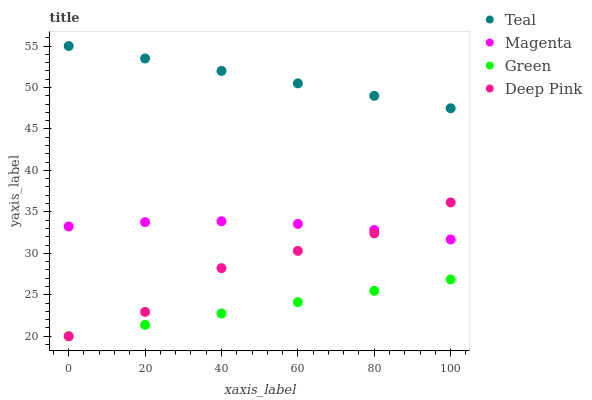
| xaxis_label | Teal | Magenta | Green | Deep Pink |
 | --- | --- | --- | --- | --- |
 | 0 | 55 | 33.2 | 20 | 20 |
 | 20 | 53.5 | 33.8 | 21.4 | 22.9 |
 | 40 | 52 | 33.9 | 22.7 | 28.2 |
 | 60 | 50.5 | 33.6 | 24.1 | 30.3 |
 | 80 | 49 | 32.8 | 25.5 | 32.4 |
 | 100 | 47.5 | 31.7 | 26.8 | 36.1 |